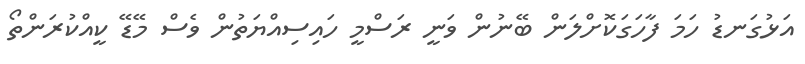
އަޅުގަނޑު ހަމަ ފާހަގަކޮށްލަން ބޭނުން ވަނީ ރަސްމީ ހައިސިއްޔަތުން ވެސް މޭޑޭ ކީއްކުރަންތޯ